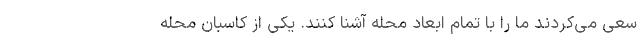
سعی می‌کردند ما را با تمام ابعاد محله آشنا کنند. یکی از کاسبان محله